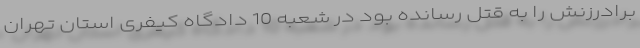
برادرزنش را به قتل رسانده بود در شعبه 10 دادگاه کیفری استان تهران